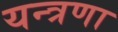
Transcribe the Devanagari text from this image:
यन्त्रणा